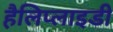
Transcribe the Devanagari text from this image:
हैलिप्लाइडी